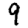
Digit: 9